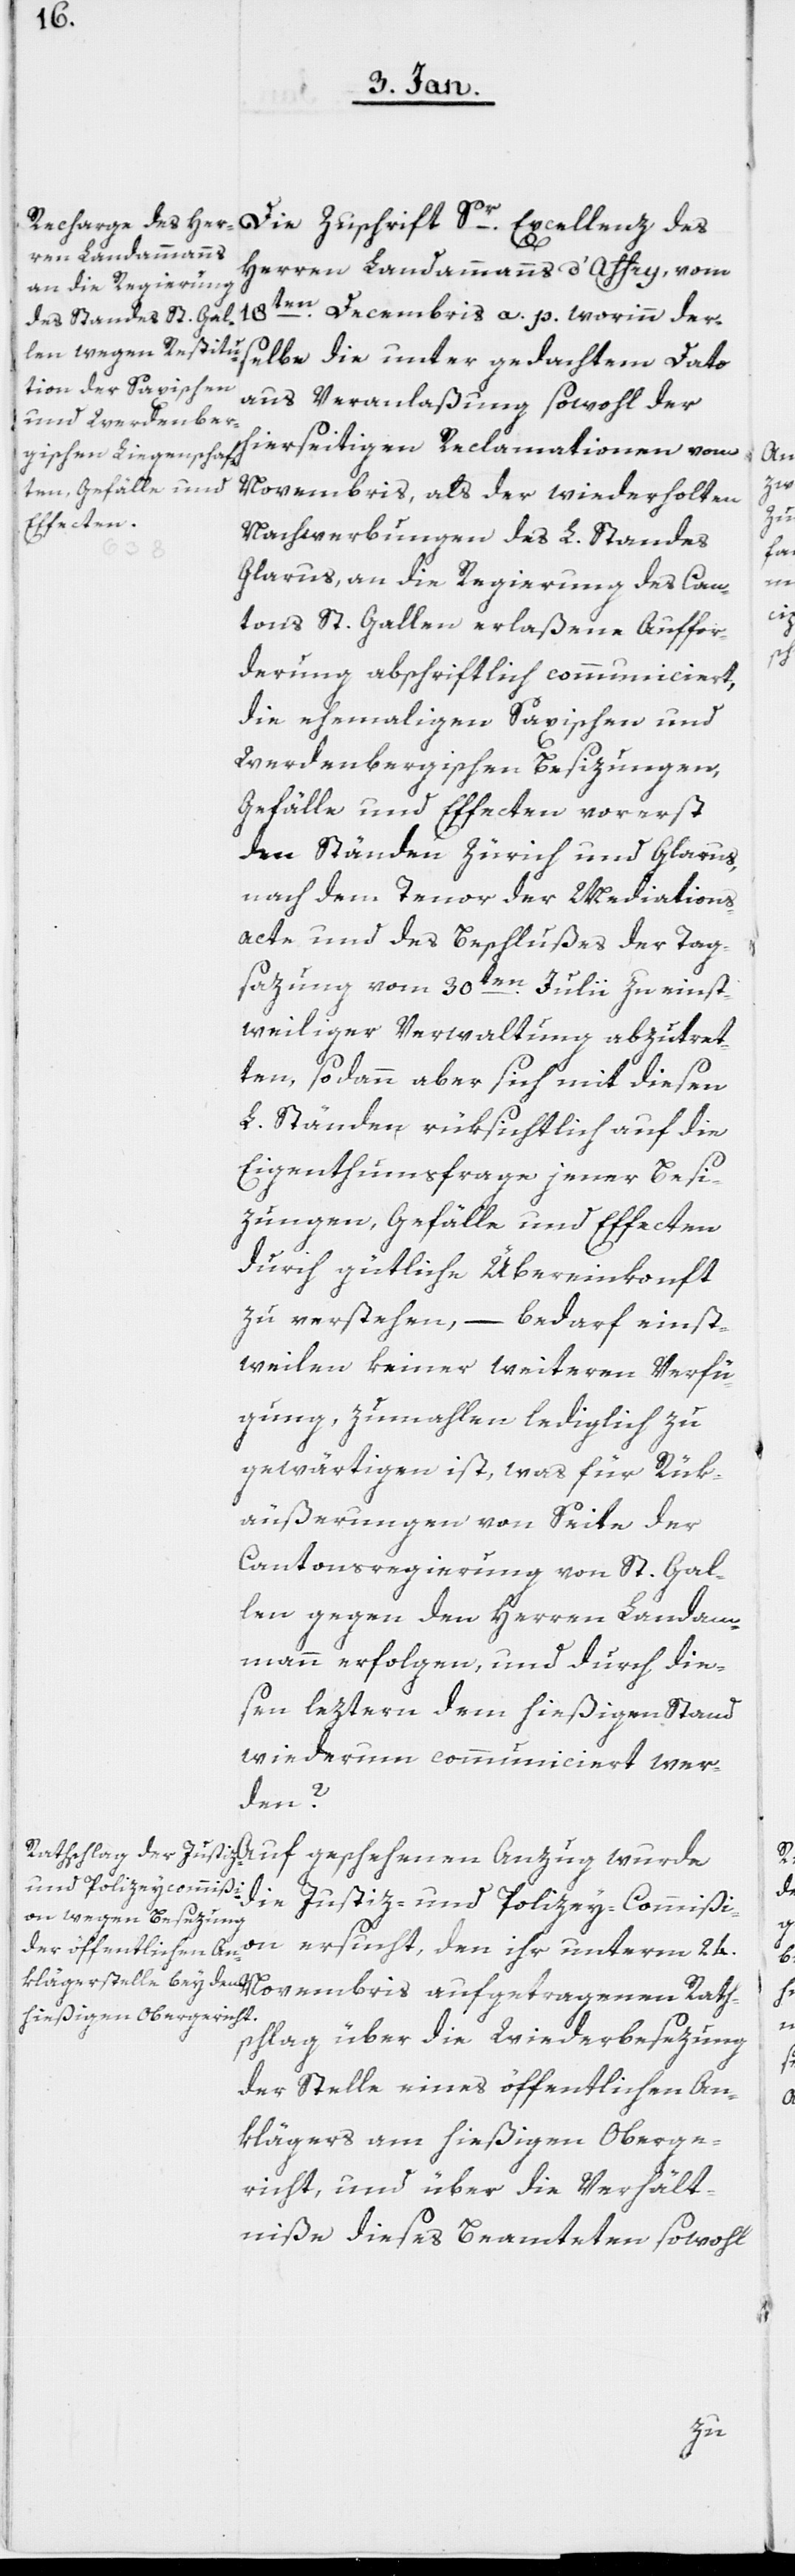
Die Zuschrift Sr. Excellenz des
Herren Landammanns d’Affry, vom
18ten. Decembris a. p. worinn der¬
selbe die unter gedachtem Dato
aus Veranlaßung sowohl der
hierseitigen Reclamationen vom
Novembris, als der wiederholten
Nachwerbungen des L. Standes
Glarus an die Regierung des Can¬
tons St. Gallen, erlaßene Auffor¬
derung abschriftlich communiciert,
die ehemaligen Saxischen und
Werdenbergischen Besizungen,
Gefälle und Effecten vorerst
den Ständen Zürich und Glarus,
nach dem Tenor der Mediations¬
acte und des Beschlußes der Tag¬
sazung vom 30sten. Julii zu einst¬
weiliger Verwaltung abzutret¬
ten, sodann aber sich mit diesen
L. Ständen rüksichtlich auf die
Eigenthumsfrage jener Besi¬
zungen, Gefälle und Effecten
durch gütliche Übereinkonft
zu verstehen, – bedarf einst¬
weilen keiner weiteren Verfü¬
gung, zumahlen lediglich zu
gewärtigen ist, was für Rük¬
äußerungen von Seite der
Cantonsregierung von St. Gal¬
len gegen den Herren Landam¬
mann erfolgen, und durch die¬
sen leztern dem hießigen Stand
wiederum communiciert wer¬
den?
die Justiz- und Polizey-Commißi¬
on ersucht, den ihr unterm 24.
Novembris aufgetragenen Rath¬
schlag über die Wiederbesezung
der Stelle eines öffentlichen An¬
klägers am hießigen Oberge¬
richt, und über die Verhält¬
niße dieses Beamteten sowohl